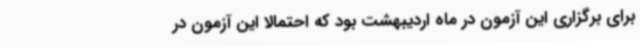
برای برگزاری این آزمون در ماه اردیبهشت بود که احتمالا این آزمون در